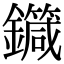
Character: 𨮼